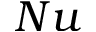
N u